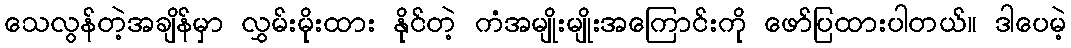
သေလွန်တဲ့အချိန်မှာ လွှမ်းမိုးထား နိုင်တဲ့ ကံအမျိုးမျိုးအကြောင်းကို ဖော်ပြထားပါတယ်။ ဒါပေမဲ့